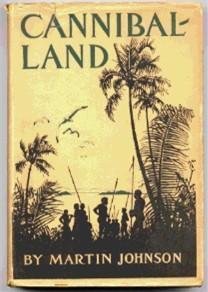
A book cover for Cannibal-land;: Adventures with a camera in the New Hebrides,; Martin Johnson; Travel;